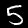
Digit: 5